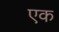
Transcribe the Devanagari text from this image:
एक